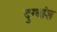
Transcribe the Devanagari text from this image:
दुग्धांश